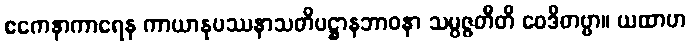
ဧကေနာကာရေန ကာယာနုပဿနာသတိပဋ္ဌာနဘာဝနာ သမ္ပဇ္ဇတီတိ ဝေဒိတဗ္ဗာ။ ယထာဟ